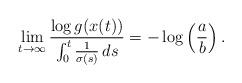
LaTeX: \begin{align*} \lim_{t\to\infty} \frac{\log g(x(t))}{\int_0^t\frac{1}{\sigma(s)}\,ds} = -\log\left(\frac{a}{b}\right).\end{align*}